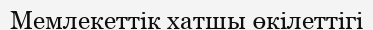
Мемлекеттік хатшы өкілеттігі